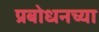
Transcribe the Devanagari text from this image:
प्रबोधनच्या